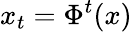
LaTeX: x_{t}=\Phi^{t}(x)